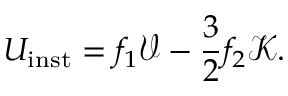
U _ { \mathrm { i n s t } } = f _ { 1 } \mathcal { V } - \frac { 3 } { 2 } f _ { 2 } \mathcal { K } .